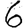
Digit: 6